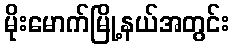
မိုးမောက်မြို့နယ်အတွင်း